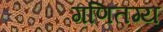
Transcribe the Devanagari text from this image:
गणितग्य